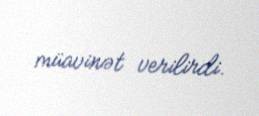
müavinət verilirdi.